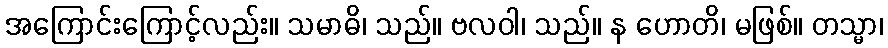
အကြောင်းကြောင့်လည်း။ သမာဓိ၊ သည်။ ဗလဝါ၊ သည်။ န ဟောတိ၊ မဖြစ်။ တသ္မာ၊